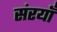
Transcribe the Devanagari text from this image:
संरयाँ